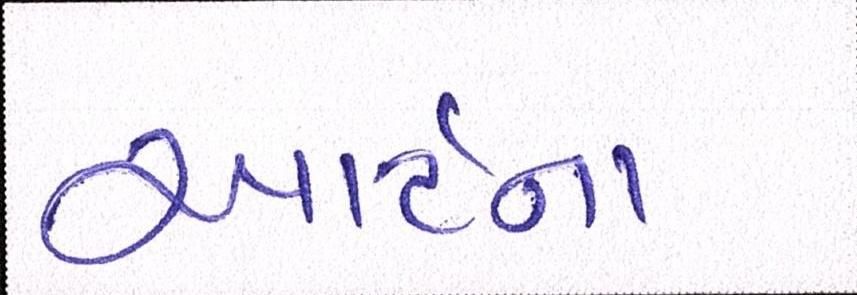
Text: આર્ટના